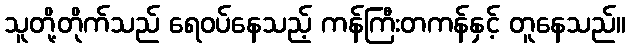
သူတို့တိုက်သည် ရေဝပ်နေသည့် ကန်ကြီးတကန်နှင့် တူနေသည်။